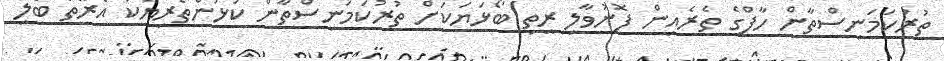
ތުރުކަމަނިސްތާން ހާފްގެ ތެރެއިން ފޮނުވާލި ރީތި ބޯޅަޔަކަށް ތުރުކަމަނިސްތާން ކުޅުންތެރިޔަކު އެރޭތޯ ބެލި